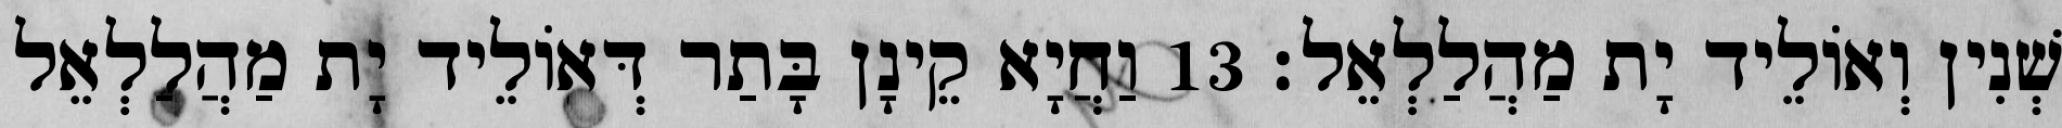
שְׁנִין וְאוֹלֵיד יָת מַהֲלַלְאֵל׃ 13 וַחֲיָא קֵינָן בָּתַר דְּאוֹלֵיד יָת מַהֲלַלְאֵל